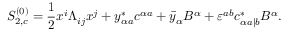
S _ { 2 , c } ^ { ( 0 ) } = { \frac { 1 } { 2 } } x ^ { i } \Lambda _ { i j } x ^ { j } + y _ { \alpha a } ^ { * } c ^ { \alpha a } + \bar { y } _ { \alpha } B ^ { \alpha } + \varepsilon ^ { a b } c _ { \alpha a | b } ^ { * } B ^ { \alpha } .